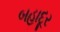
બહાદૂર